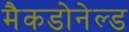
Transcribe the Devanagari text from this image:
मैकडोनेल्ड